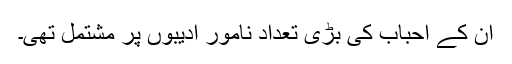
ان کے احباب کی بڑی تعداد نامور ادیبوں پر مشتمل تھی۔